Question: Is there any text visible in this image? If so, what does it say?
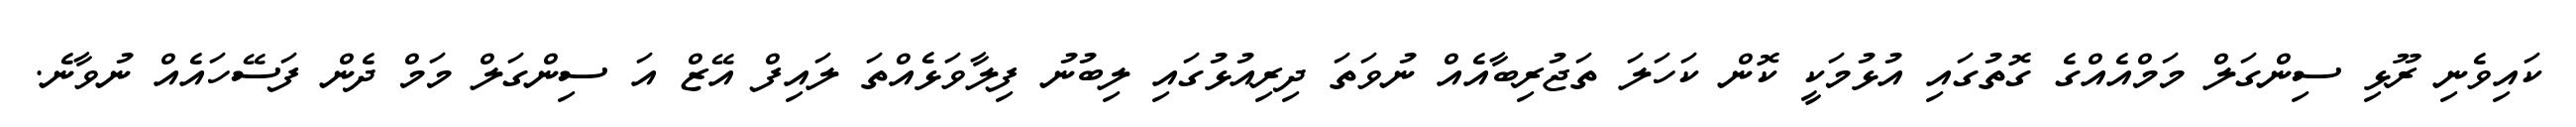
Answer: ކައިވެނި ރޫޅި ސިންގަލް މަމްއެއްގެ ގޮތުގައި އުޅުމަކީ ކޮން ކަހަލަ ތަޖުރިބާއެއް ނުވަތަ ދިރިއުޅުގައި ލިބުނު ފިލާވަޅެއްތަ ލައިފް އޭޒް އަ ސިންގަލް މަމް ދެން ފަސޭހައެއް ނުވާނެ.